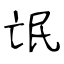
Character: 氓